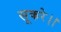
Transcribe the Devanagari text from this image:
सूकरे।।